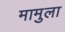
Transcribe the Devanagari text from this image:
मामुला